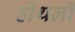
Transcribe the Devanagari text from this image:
होथली